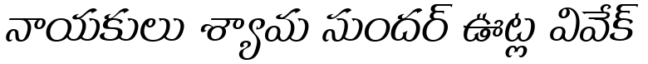
నాయకులు శ్యామ సుందర్ ఊట్ల వివేక్